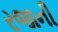
રજાની